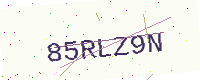
Text: 85RLZ9N